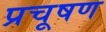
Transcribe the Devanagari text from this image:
प्रचूषण